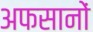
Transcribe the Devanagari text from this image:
अफसानों